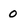
Character: 0